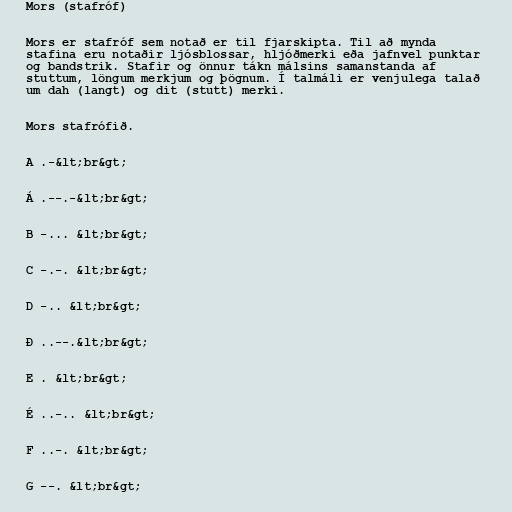
Mors (stafróf)

Mors er stafróf sem notað er til fjarskipta. Til að mynda
stafina eru notaðir ljósblossar, hljóðmerki eða jafnvel punktar
og bandstrik. Stafir og önnur tákn málsins samanstanda af
stuttum, löngum merkjum og þögnum. Í talmáli er venjulega talað
um dah (langt) og dit (stutt) merki.

Mors stafrófið.

A .-&lt;br&gt;

Á .--.-&lt;br&gt;

B -... &lt;br&gt;

C -.-. &lt;br&gt;

D -.. &lt;br&gt;

Ð ..--.&lt;br&gt;

E . &lt;br&gt;

É ..-.. &lt;br&gt;

F ..-. &lt;br&gt;

G --. &lt;br&gt;